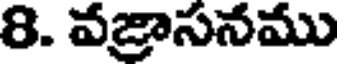
8. వజ్రాసనము